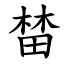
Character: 榃